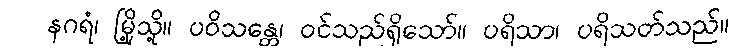
နဂရံ၊ မြို့သို့။ ပဝိသန္တေ၊ ဝင်သည်ရှိသော်။ ပရိသာ၊ ပရိသတ်သည်။